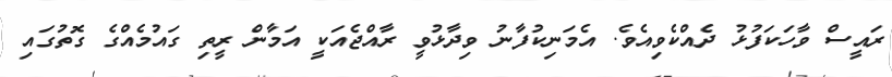
ރައީސް ވާހަކަފުޅު ދެއްކެވިއެވެ. އެމަނިކުފާނު ވިދާޅުވީ ރާއްޖެއަކީ އަމާން ރީތި ގައުމެއްގެ ގޮތުގައި